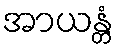
အာယန္တံ